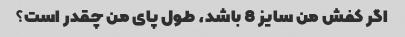
اگر کفش من سایز 8 باشد، طول پای من چقدر است؟